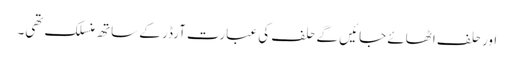
اور حلف اٹھائے جائیں گے حلف کی عبارت آرڈر کے ساتھ منسلک تھی۔